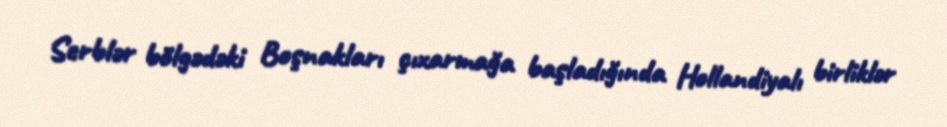
Serblər bölgədəki Boşnakları çıxarmağa başladığında Hollandiyalı birliklər